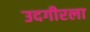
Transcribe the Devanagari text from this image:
उदगीरला